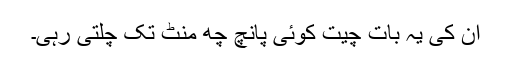
ان کی یہ بات چیت کوئی پانچ چھ منٹ تک چلتی رہی۔